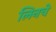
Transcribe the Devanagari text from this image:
लिनचे